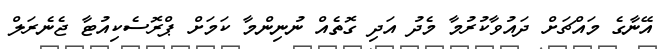
އޭނާގެ މައްޗަށް ދައުވާކުރުމާ މެދު އަދި ގޮތެއް ނުނިންމާ ކަމަށް ޕްރޮސެކިއުޓާ ޖެނެރަލް